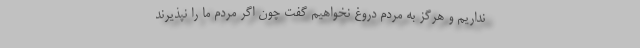
نداریم و هرگز به مردم دروغ نخواهیم گفت چون اگر مردم ما را نپذیرند